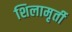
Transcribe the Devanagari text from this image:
शिलामृर्ती